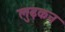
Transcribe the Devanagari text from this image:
लुढ़कन